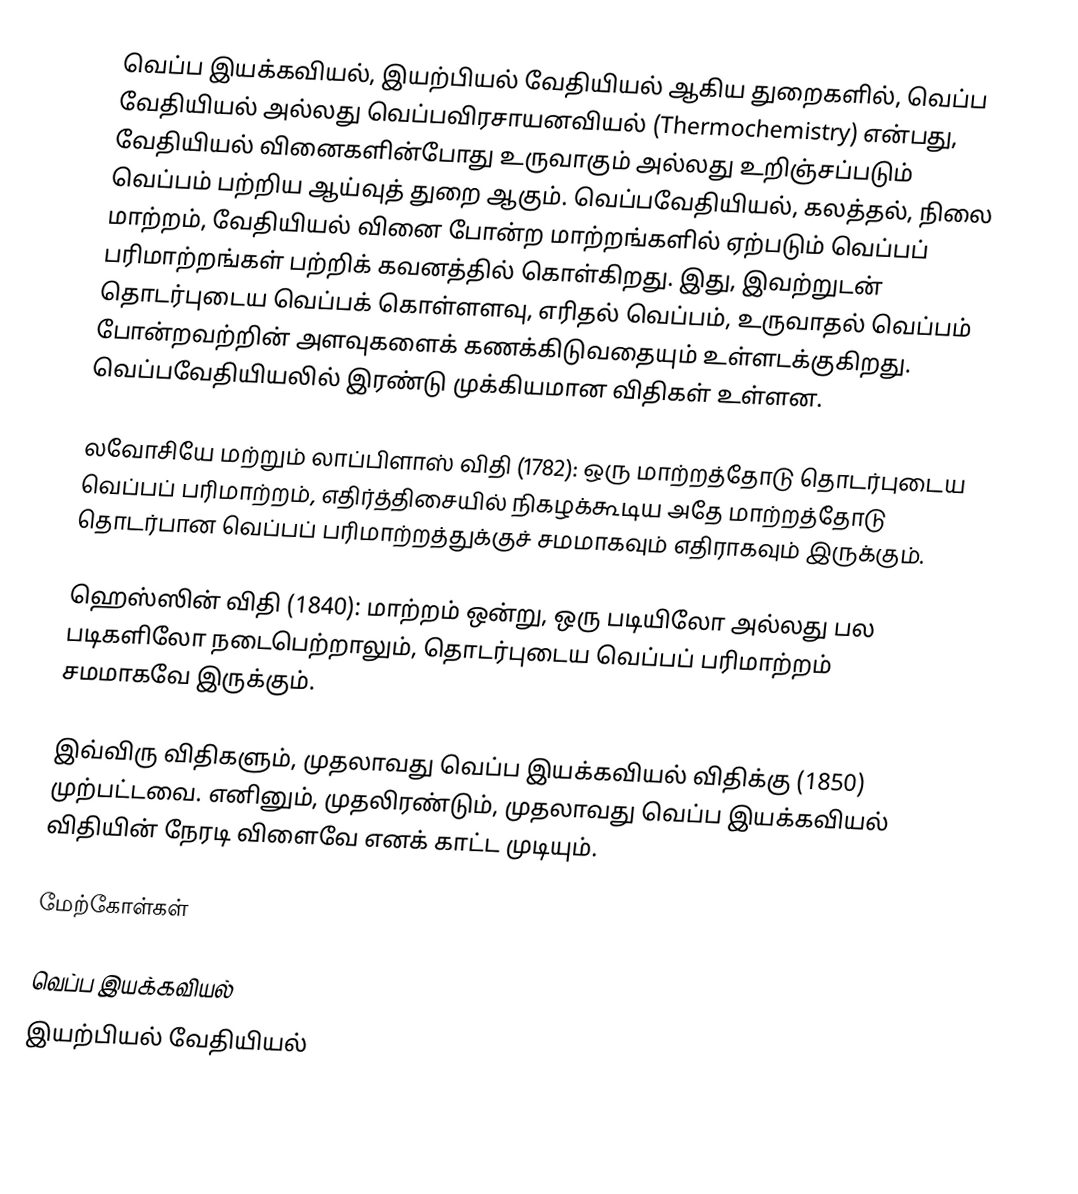
வெப்ப இயக்கவியல், இயற்பியல் வேதியியல் ஆகிய துறைகளில், வெப்ப வேதியியல் அல்லது வெப்பவிரசாயனவியல் (Thermochemistry) என்பது, வேதியியல் வினைகளின்போது உருவாகும் அல்லது உறிஞ்சப்படும் வெப்பம் பற்றிய ஆய்வுத் துறை ஆகும். வெப்பவேதியியல், கலத்தல், நிலை மாற்றம், வேதியியல் வினை போன்ற மாற்றங்களில் ஏற்படும் வெப்பப் பரிமாற்றங்கள் பற்றிக் கவனத்தில் கொள்கிறது. இது, இவற்றுடன் தொடர்புடைய வெப்பக் கொள்ளளவு, எரிதல் வெப்பம், உருவாதல் வெப்பம் போன்றவற்றின் அளவுகளைக் கணக்கிடுவதையும் உள்ளடக்குகிறது. வெப்பவேதியியலில் இரண்டு முக்கியமான விதிகள் உள்ளன.

 லவோசியே மற்றும் லாப்பிளாஸ் விதி (1782): ஒரு மாற்றத்தோடு தொடர்புடைய வெப்பப் பரிமாற்றம், எதிர்த்திசையில் நிகழக்கூடிய அதே மாற்றத்தோடு தொடர்பான வெப்பப் பரிமாற்றத்துக்குச் சமமாகவும் எதிராகவும் இருக்கும்.

 ஹெஸ்ஸின் விதி (1840): மாற்றம் ஒன்று, ஒரு படியிலோ அல்லது பல படிகளிலோ நடைபெற்றாலும், தொடர்புடைய வெப்பப் பரிமாற்றம் சமமாகவே இருக்கும்.

இவ்விரு விதிகளும், முதலாவது வெப்ப இயக்கவியல் விதிக்கு (1850) முற்பட்டவை. எனினும், முதலிரண்டும், முதலாவது வெப்ப இயக்கவியல் விதியின் நேரடி விளைவே எனக் காட்ட முடியும்.

மேற்கோள்கள்

வெப்ப இயக்கவியல்
இயற்பியல் வேதியியல்